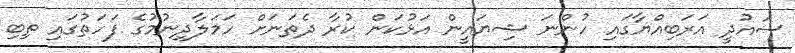
ސައުދީ އަރަބިއްޔާގައި ހުންނަ ޝިޔައީން އަޅުކަން ކުރާ ދެތަނަށް ހަމަލާދިނުމުގެ ފަހަތުގައި ތިބި